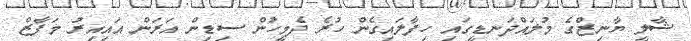
ޝާލީ ޔާނިޒްގެ މުލައްދަނޑީގައި ހިފާލައިގެން ހުރެ ދެމީހުން ސިޑިން އަރަން އައިއިރު މަފާޒް